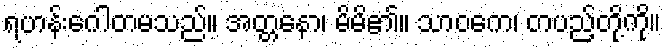
ရဟန်းဂေါတမသည်။ အတ္တနော၊ မိမိ၏။ သာဝကေ၊ တပည့်တို့ကို။